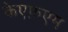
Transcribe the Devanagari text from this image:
केएफ़एम